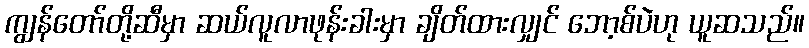
ကျွန်တော်တို့ဆီမှာ ဆယ်လူလာဖုန်းခါးမှာ ချိတ်ထားလျှင် ဘော့စ်ပဲဟု ယူဆသည်။